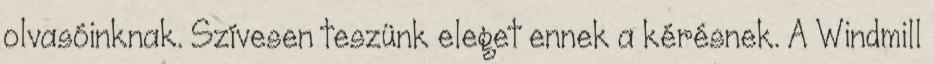
olvasóinknak. Szívesen teszünk eleget ennek a kérésnek. A Windmill